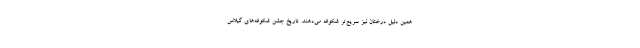
همین دلیل درختان نیز سریع‌تر شکوفه می‌دهند. تاریخ جشن شکوفه‌های گیلاس